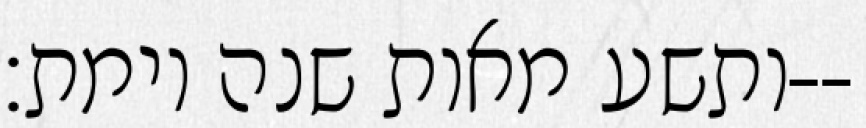
ותשע מאות שנה וימת׃--